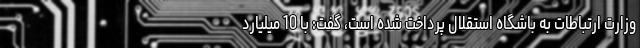
وزارت ارتباطات به باشگاه استقلال پرداخت شده است، گفت: با 10 میلیارد